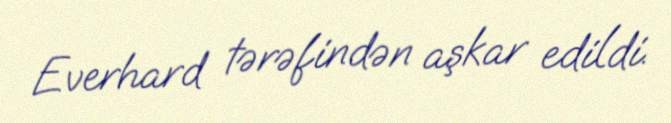
Everhard tərəfindən aşkar edildi.